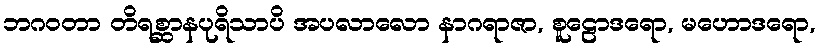
ဘဂဝတာ တိရစ္ဆာနပုရိသာပိ အပလာလော နာဂရာဇာ, စူဠောဒရော, မဟောဒရော,